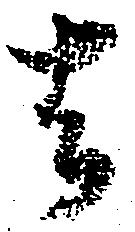
者